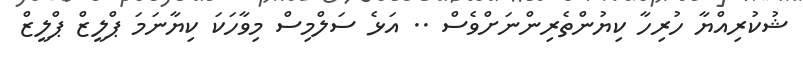
ޝުކުރިއްޔާ ހުރިހާ ކިޔުންތެރިންނަށްވެސް .. އަޅެ ސަލްމިސް މިވާހަކަ ކިޔާނަމަ ޕްލީޒް ޕްލީޒް